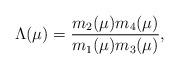
LaTeX: \begin{align*}\Lambda(\mu) = \frac{m_2(\mu) m_4(\mu)}{m_1(\mu) m_3(\mu)},\end{align*}